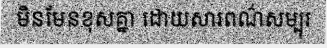
មិនមែនខុសគ្នា ដោយសារពណ៌សម្បុរ